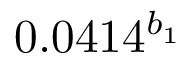
0 . 0 4 1 4 ^ { b _ { 1 } }